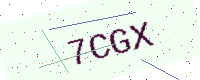
Text: 7CGX